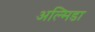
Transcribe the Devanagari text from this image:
अल्मिडा